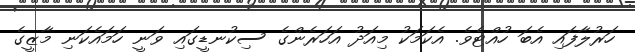
ހަރުލާފައި އެބަ ހުއްޓެވެ. އެކަމަކު މިއަދު އަހަރެންގެ ސިކުނޑީގައި ވަނީ ހަމައެކަނި މާޒީގެ